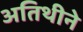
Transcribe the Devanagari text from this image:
अतिथीने